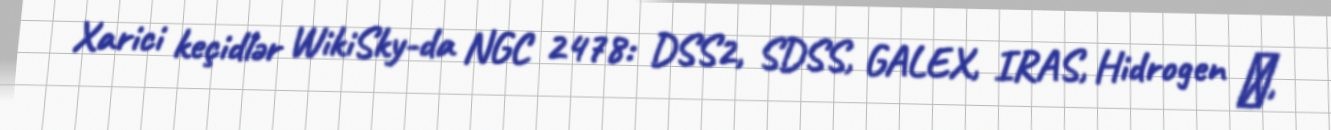
Xarici keçidlər WikiSky-da NGC 2478: DSS2, SDSS, GALEX, IRAS, Hidrogen α,